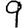
Digit: 9